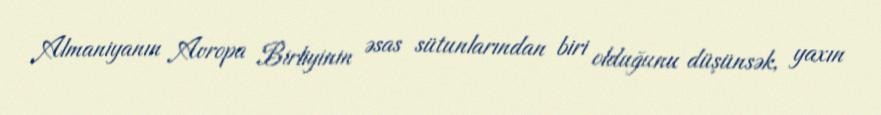
Almaniyanın Avropa Birliyinin əsas sütunlarından biri olduğunu düşünsək, yaxın